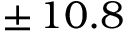
\pm \, 1 0 . 8